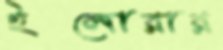
ইলোরার